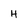
Character: H